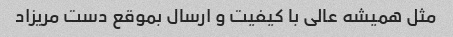
مثل همیشه عالی با کیفیت و ارسال بموقع دست مریزاد